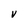
Character: V